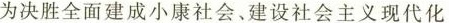
为决胜全面建成小康社会﹑建设社会主义现代化